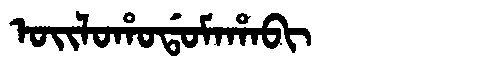
Manchu: ᠣᡳᠯᠣᡥᠣᡩᠣᠮᠠᡥᠠᠪᡳ
Romanization: OILOHODOMAHABI